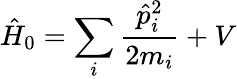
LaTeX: {\hat{H}}_{0}=\sum_{i}{\frac{{\hat{p}}_{i}^{2}}{2m_{i}}}+V